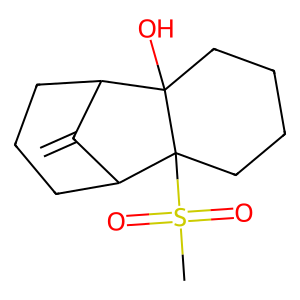
SMILES: C=C1C2CCCC1C1(S(C)(=O)=O)CCCCC21O
Inhibits HIV replication: No